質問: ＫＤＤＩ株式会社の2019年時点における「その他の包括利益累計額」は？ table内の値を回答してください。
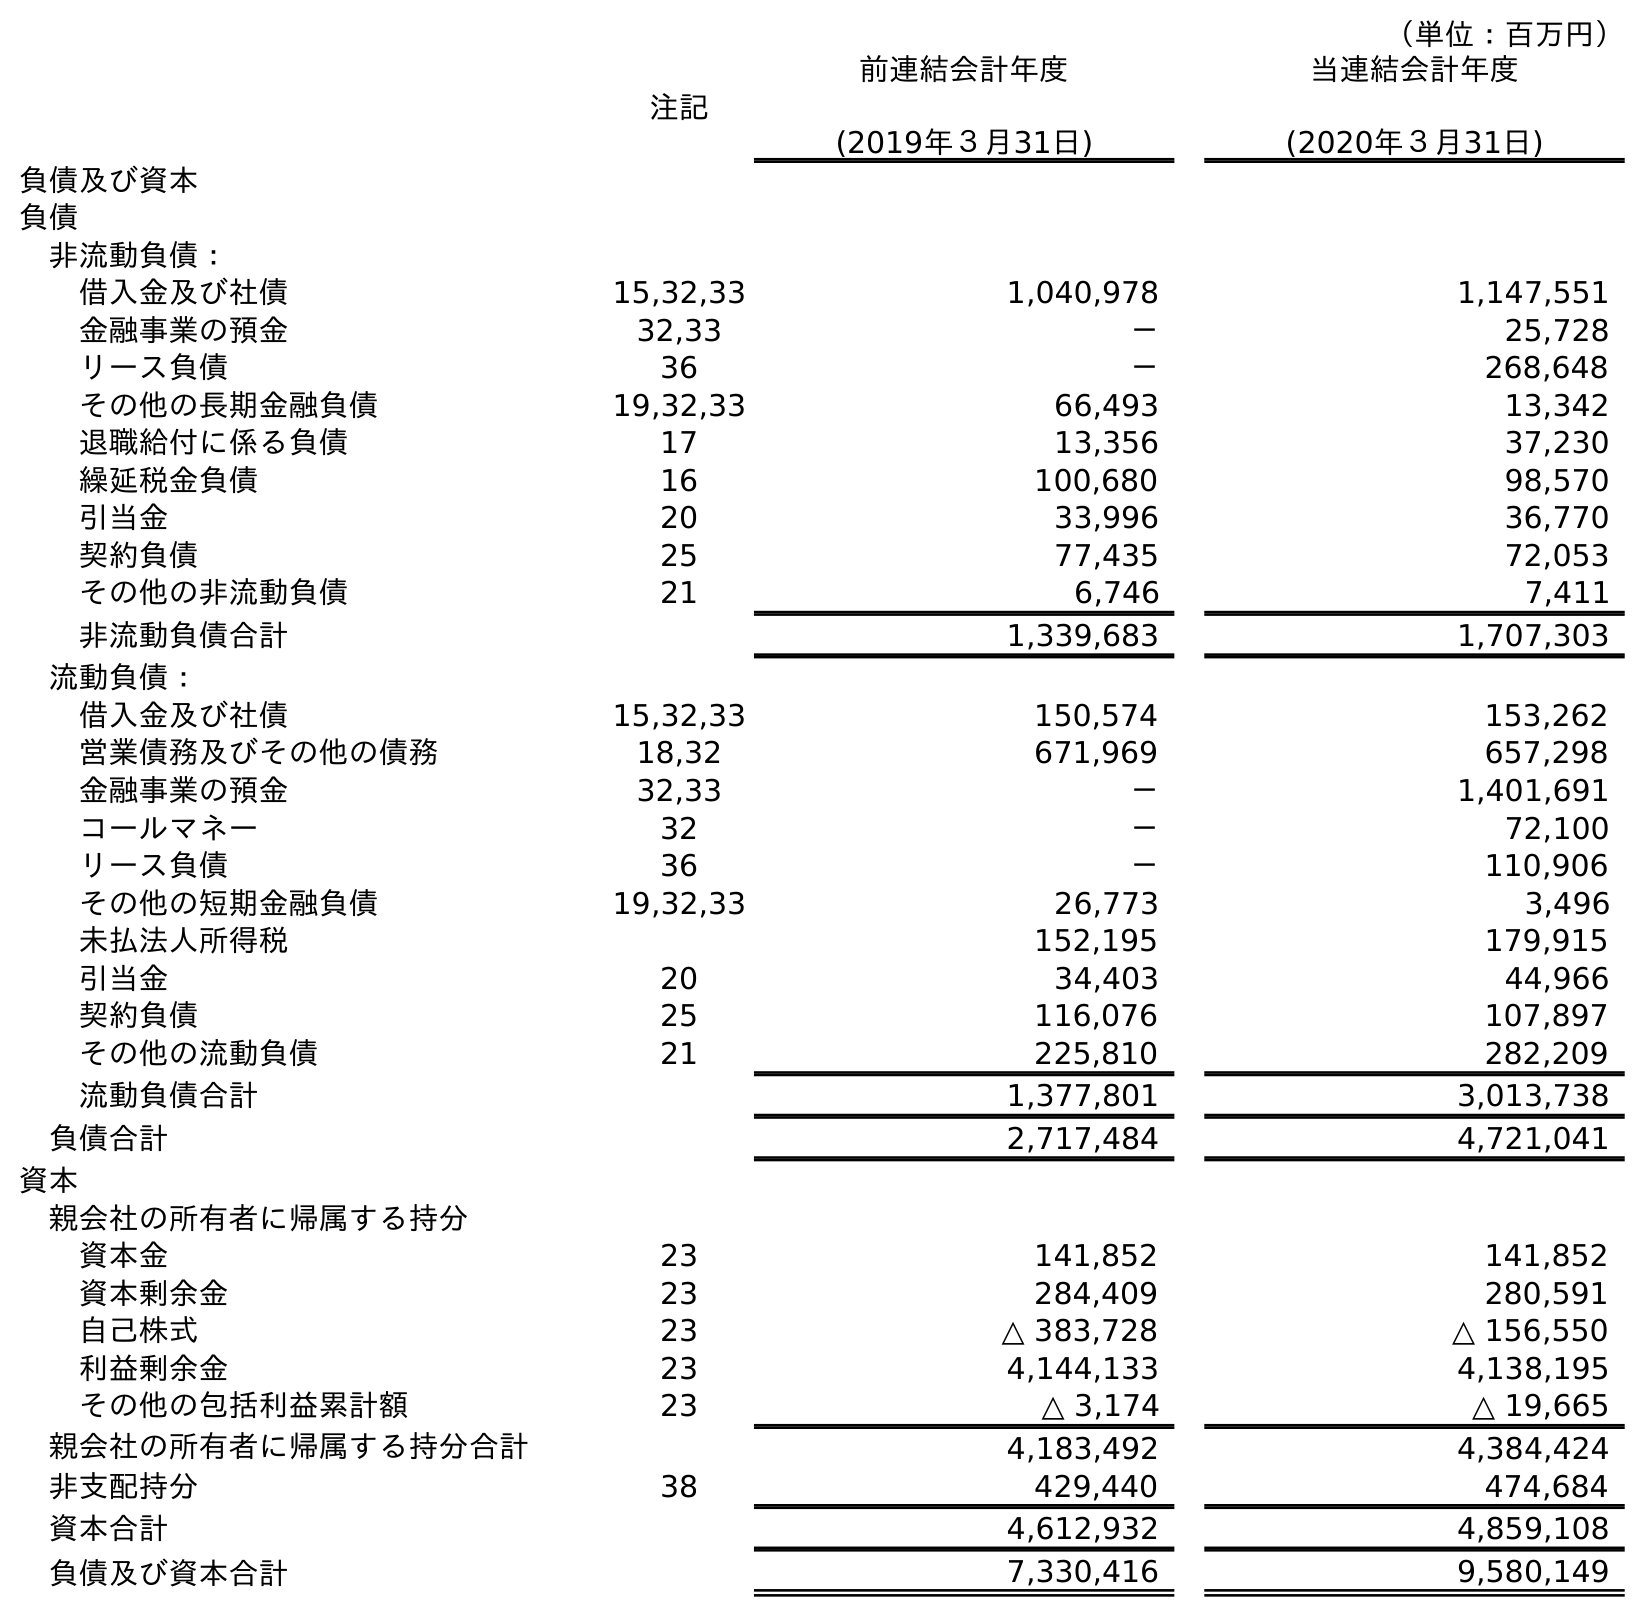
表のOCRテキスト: （単位：百万円） 注記 前連結会計年度 (2019年３月31日) 当連結会計年度 (2020年３月31日) 負債及び資本 負債 非流動負債： 借入金及び社債 15,32,33 1,040,978 1,147,551 金融事業の預金 32,33 － 25,728 リース負債 36 － 268,648 その他の長期金融負債 19,32,33 66,493 13,342 退職給付に係る負債 17 13,356 37,230 繰延税金負債 16 100,680 98,570 引当金 20 33,996 36,770 契約負債 25 77,435 72,053 その他の非流動負債 21 6,746 7,411 非流動負債合計 1,339,683 1,707,303 流動負債： 借入金及び社債 15,32,33 150,574 153,262 営業債務及びその他の債務 18,32 671,969 657,298 金融事業の預金 32,33 － 1,401,691 コールマネー 32 － 72,100 リース負債 36 － 110,906 その他の短期金融負債 19,32,33 26,773 3,496 未払法人所得税 152,195 179,915 引当金 20 34,403 44,966 契約負債 25 116,076 107,897 その他の流動負債 21 225,810 282,209 流動負債合計 1,377,801 3,013,738 負債合計 2,717,484 4,721,041 資本 親会社の所有者に帰属する持分 資本金 23 141,852 141,852 資本剰余金 23 284,409 280,591 自己株式 23 △ 383,728 △ 156,550 利益剰余金 23 4,144,133 4,138,195 その他の包括利益累計額 23 △ 3,174 △ 19,665 親会社の所有者に帰属する持分合計 4,183,492 4,384,424 非支配持分 38 429,440 474,684 資本合計 4,612,932 4,859,108 負債及び資本合計 7,330,416 9,580,149
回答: △3,174